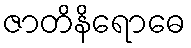
ဇာတိနိရောဓေ